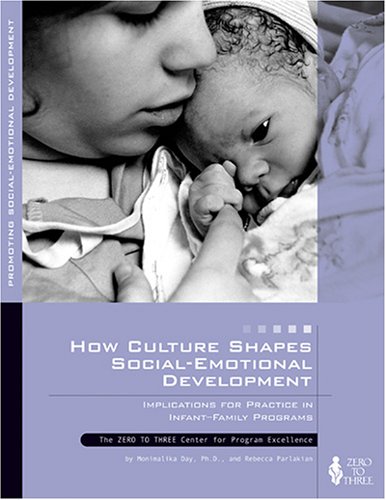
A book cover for How Culture Shapes Social-Emotional Development: Implications for Practice in Infant-Family Programs; Monimalika Day; Medical Books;